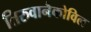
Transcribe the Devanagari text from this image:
तिरुवानैकोविल